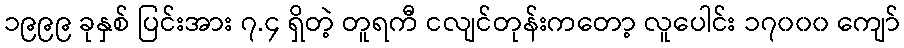
၁၉၉၉ ခုနှစ် ပြင်းအား ၇.၄ ရှိတဲ့ တူရကီ ငလျင်တုန်းကတော့ လူပေါင်း ၁၇၀၀၀ ကျော်